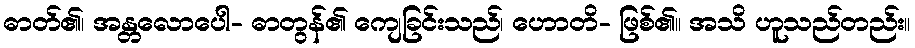
ဓာတ်၏၊ အန္တလောပေါ- ဓာတွန်၏ ကျေခြင်းသည်၊ ဟောတိ- ဖြစ်၏။ အသိ ဟူသည်တည်း။